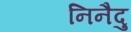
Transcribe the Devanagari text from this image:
निनैदु